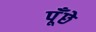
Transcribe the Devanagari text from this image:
पूँछे